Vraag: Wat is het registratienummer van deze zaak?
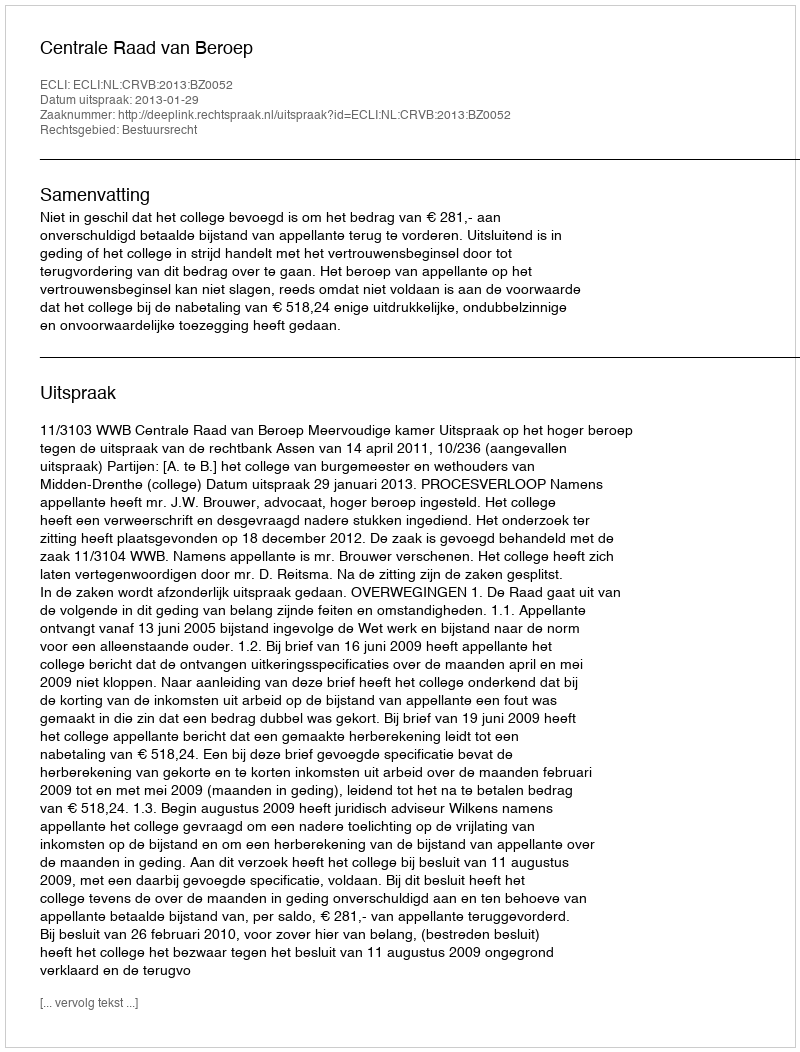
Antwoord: http://deeplink.rechtspraak.nl/uitspraak?id=ECLI:NL:CRVB:2013:BZ0052